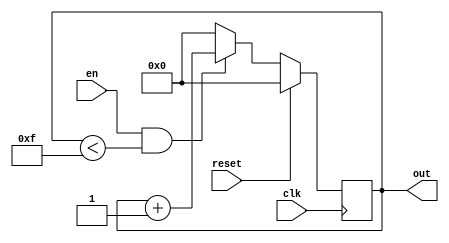
module up(out,en,clk,reset);
    output reg[7:0] out;
    input en, clk, reset;
initial
out = 0;
always @(posedge clk)begin
if (reset) begin //if reset is true
  out <= 8'b0 ;
end 
else if (en==1 && out<15)  //if enable is high // because 1111 is 15
  out <= out + 1;
else
 out <= 0;
end

endmodule